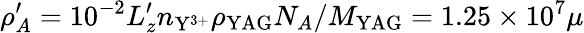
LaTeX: \rho_{A}^{\prime}=10^{-2}L_{z}^{\prime}n_{\mathrm{Y}^{3+}}\rho_{\mathrm{YAG}}N_{A}/M_{\mathrm{YAG}}=1.25\times 10^{7}\mu